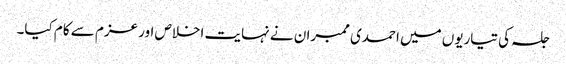
جلسہ کی تیاریوں میں احمدی ممبران نے نہایت اخلاص اور عزم سے کام کیا۔